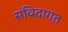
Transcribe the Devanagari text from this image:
संविदागत